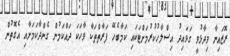
ރޮޒައިނާ ވިދާޅުވީ ގަވައިދު އިސްލާހުކުރުމަށްޓަކައި ކަމާބެހޭ ފަރާތްތަކާ ވާހަކަ ދައްކަމުން ގެންދާކަމަށާއި އެގޮތުން